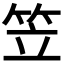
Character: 笠